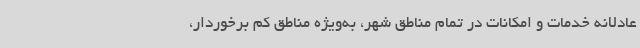
عادلانه خدمات و امکانات در تمام مناطق شهر، به‌ویژه مناطق کم‌ برخوردار،